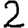
Digit: 2